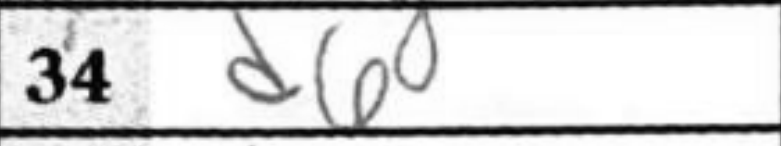
Transcription: d6